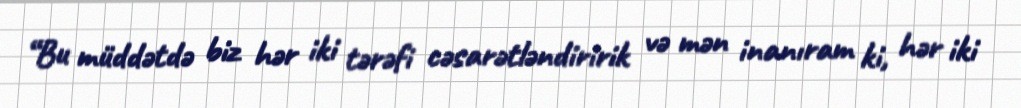
“Bu müddətdə biz hər iki tərəfi cəsarətləndiririk və mən inanıram ki, hər iki